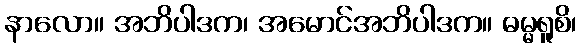
နာလော။ အဘိပါဒက၊ အမောင်အဘိပါဒက။ ဓမ္မရူစိ၊